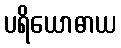
ပရိယောဓာယ